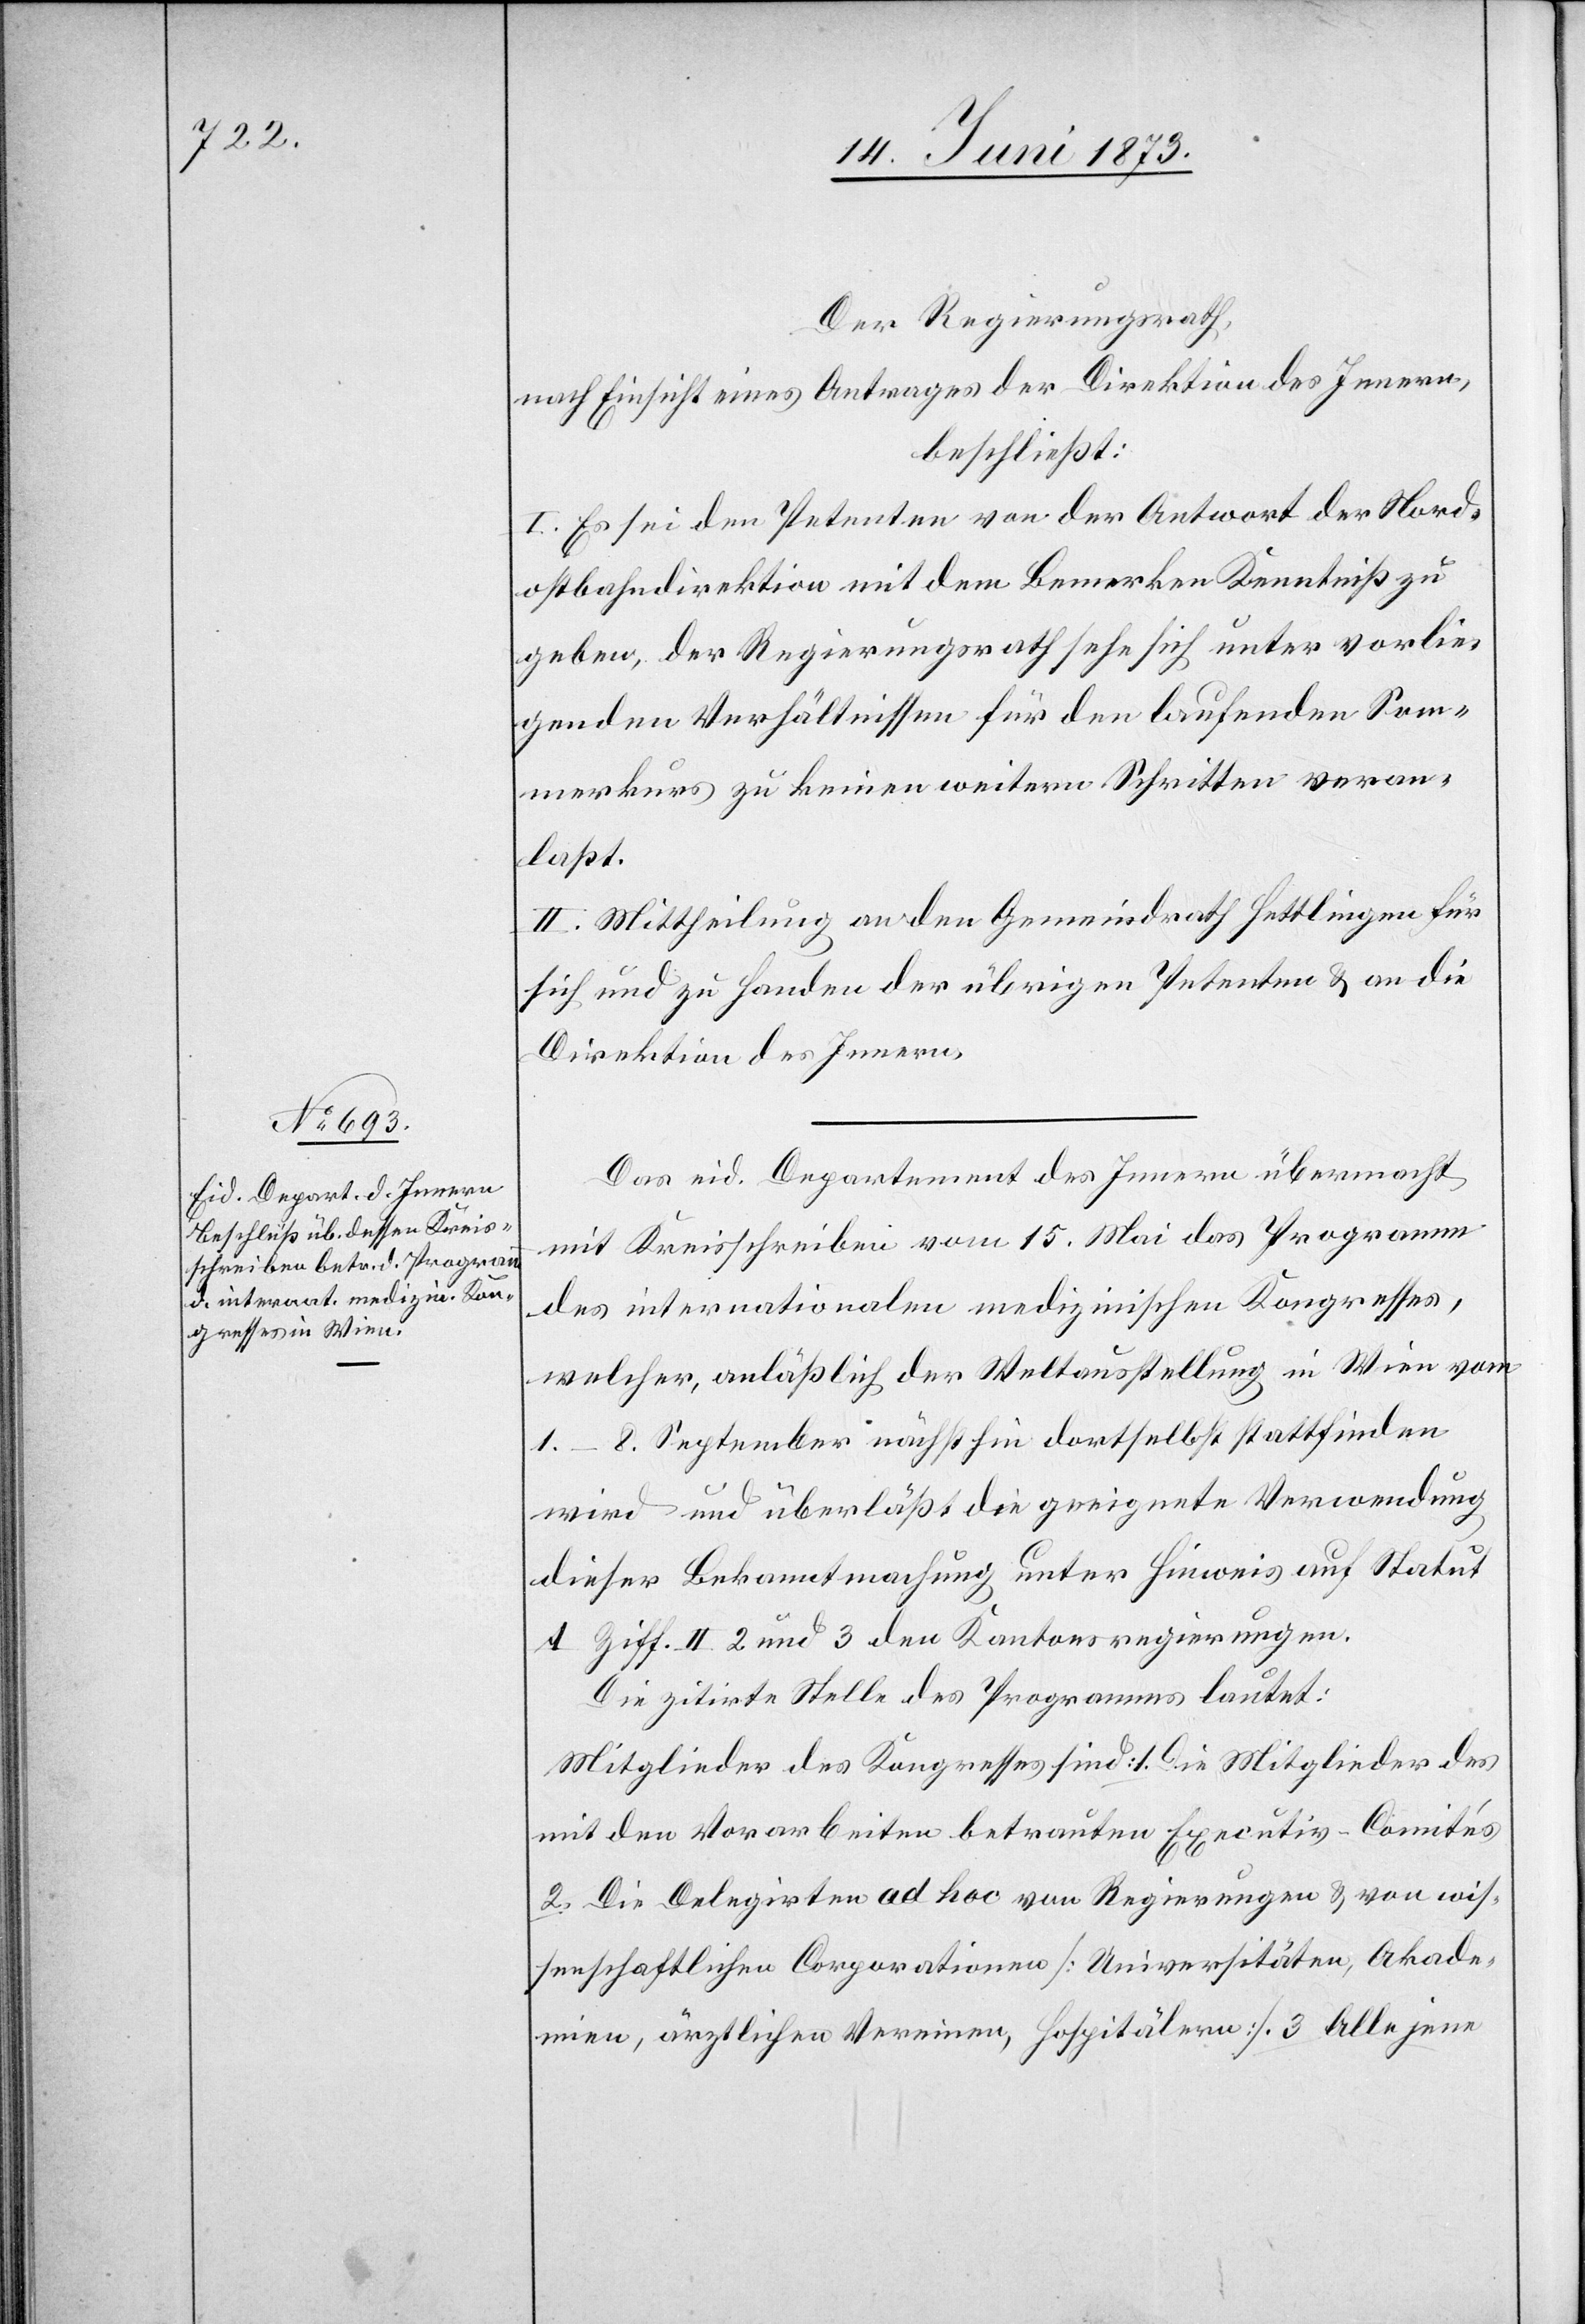
Der Regierungsrath,
nach Einsicht eines Antrages der Direktion des Innern,
beschließt:
I. Es sei dem Petenten von der Antwort der Nord¬
ostbahndirektion mit dem Bemerken Kenntniß zu
geben, der Regierungsrath sehe sich unter vorlie¬
genden Verhältnissen für den laufenden Som¬
merkurs zu keinen weitern Schritten veran¬
laßt.
II. Mittheilung an den Gemeindrath Hettlingen für
sich und zu Handen der übrigen Petenten & an die
Direktion des Innern.
Das eid. Departement des Innern übermacht
mit Kreisschreiben vom 15. Mai das Programm
des internationalen medizinischen Kongresses,
welcher, anläßlich der Weltausstellung in Wien vom
1.–8. September nächsthin dortselbst stattfinden
wird und überläßt die geeignete Verwendung
dieser Bekanntmachung unter Hinweis auf Statut
A Ziff. II. 2 und 3 den Kantonsregierungen.
Die zitirte Stelle des Programms lautet:
Mitglieder des Kongresses sind: 1. Die Mitglieder des
mit den Vorarbeiten betrauten Executiv-Comités[.]
2. Die Delegirten ad hoc von Regierungen & von wis¬
senschaftlichen Corporationen [Universitäten, Akade¬
mien, ärztlichen Vereinen, Hospitälern]. 3. Alle jene